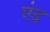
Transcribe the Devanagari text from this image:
एंद